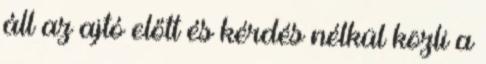
áll az ajtó előtt és kérdés nélkül közli a